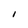
Character: I